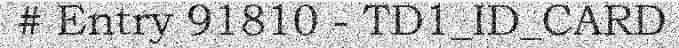
# Entry 91810 - TD1_ID_CARD